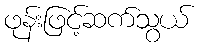
ဖုန်းဖြင့်ဆက်သွယ်